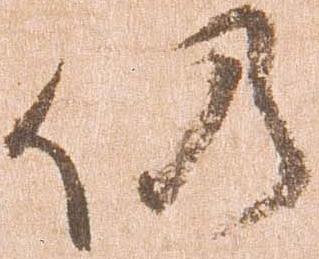
仍